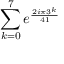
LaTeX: \sum _ { k = 0 } ^ { 7 } e ^ { \frac { 2 i \pi 3 ^ { k } } { 4 1 } }